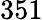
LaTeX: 351